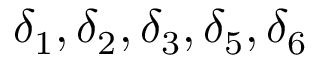
\delta _ { 1 } , \delta _ { 2 } , \delta _ { 3 } , \delta _ { 5 } , \delta _ { 6 }